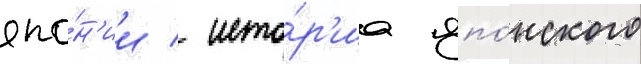
япо́н'ии / исто́р'иа япо́нского